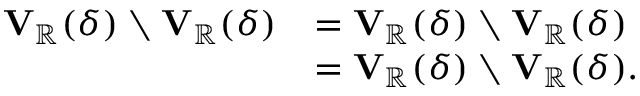
\begin{array} { r l } { \mathbf { V } _ { \mathbb { R } } ( \delta ) \setminus \mathbf { V } _ { \mathbb { R } } ( \delta ) } & { = \mathbf { V } _ { \mathbb { R } } ( \delta ) \setminus \mathbf { V } _ { \mathbb { R } } ( \delta ) } \\ & { = \mathbf { V } _ { \mathbb { R } } ( \delta ) \setminus \mathbf { V } _ { \mathbb { R } } ( \delta ) . } \end{array}